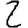
Digit: 2